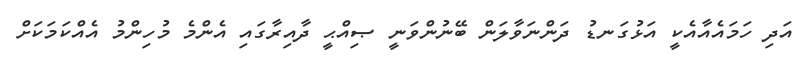
އަދި ހަމައެއާއެކީ އަޅުގަނޑު ދަންނަވާލަން ބޭނުންވަނީ ޞިއްޙީ ދާއިރާގައި އެންމެ މުހިންމު އެއްކަމަކަށް